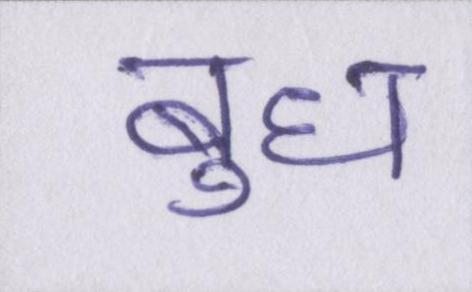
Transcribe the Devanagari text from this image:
बुध